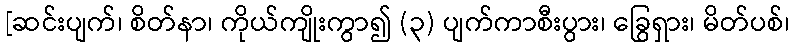
[ဆင်းပျက်၊ စိတ်နာ၊ ကိုယ်ကျိုးကွာ၍ (၃) ပျက်ကာစီးပွား၊ ခြွေရှား၊ မိတ်ပစ်၊